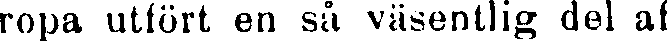
ropa utfört en så väsentlig del af